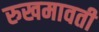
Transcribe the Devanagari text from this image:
रुखमावती